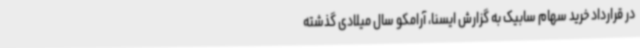
در قرارداد خرید سهام سابیک به گزارش ایسنا، آرامکو سال میلادی گذشته